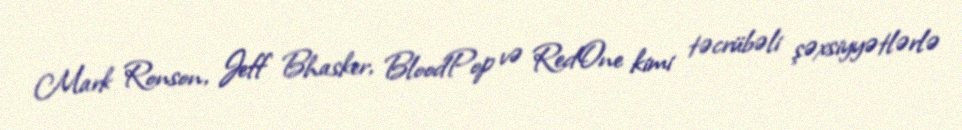
Mark Ronson, Jeff Bhasker, BloodPop və RedOne kimi təcrübəli şəxsiyyətlərlə